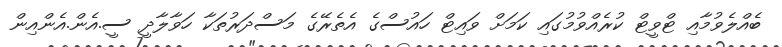
ބެއްލެވުމާއި ޓްވީޓް ކުރެއްވުމުގައި ކަމަށް ވައިޓް ހައުސްގެ އެތެރޭގެ މަސްދަރުތަކާ ހަވާލާދީ ސީ.އެން.އެންއިން